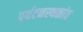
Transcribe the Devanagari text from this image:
पर्यटनस्थळांत